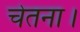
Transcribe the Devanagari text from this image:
चेतना।